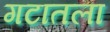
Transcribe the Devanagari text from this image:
गटातला